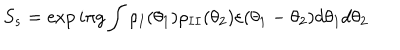
LaTeX: S _ { s } = \exp i \pi g \int \rho _ { I } ( \theta _ { 1 } ) \rho _ { I I } ( \theta _ { 2 } ) \varepsilon ( \theta _ { 1 } - \theta _ { 2 } ) d \theta _ { 1 } d \theta _ { 2 }